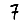
Digit: 7